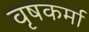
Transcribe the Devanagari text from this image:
वृषकर्मा